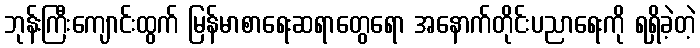
ဘုန်းကြီးကျောင်းထွက် မြန်မာစာရေးဆရာတွေရော အနောက်တိုင်းပညာရေးကို ရရှိခဲ့တဲ့